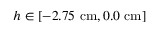
h \in [ - 2 . 7 5 \ \mathrm { c m } , 0 . 0 \ \mathrm { c m } ]